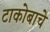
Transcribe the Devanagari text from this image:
टाकोबाचे